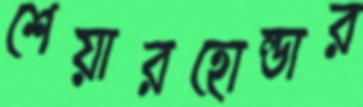
শেয়ারহোল্ডার